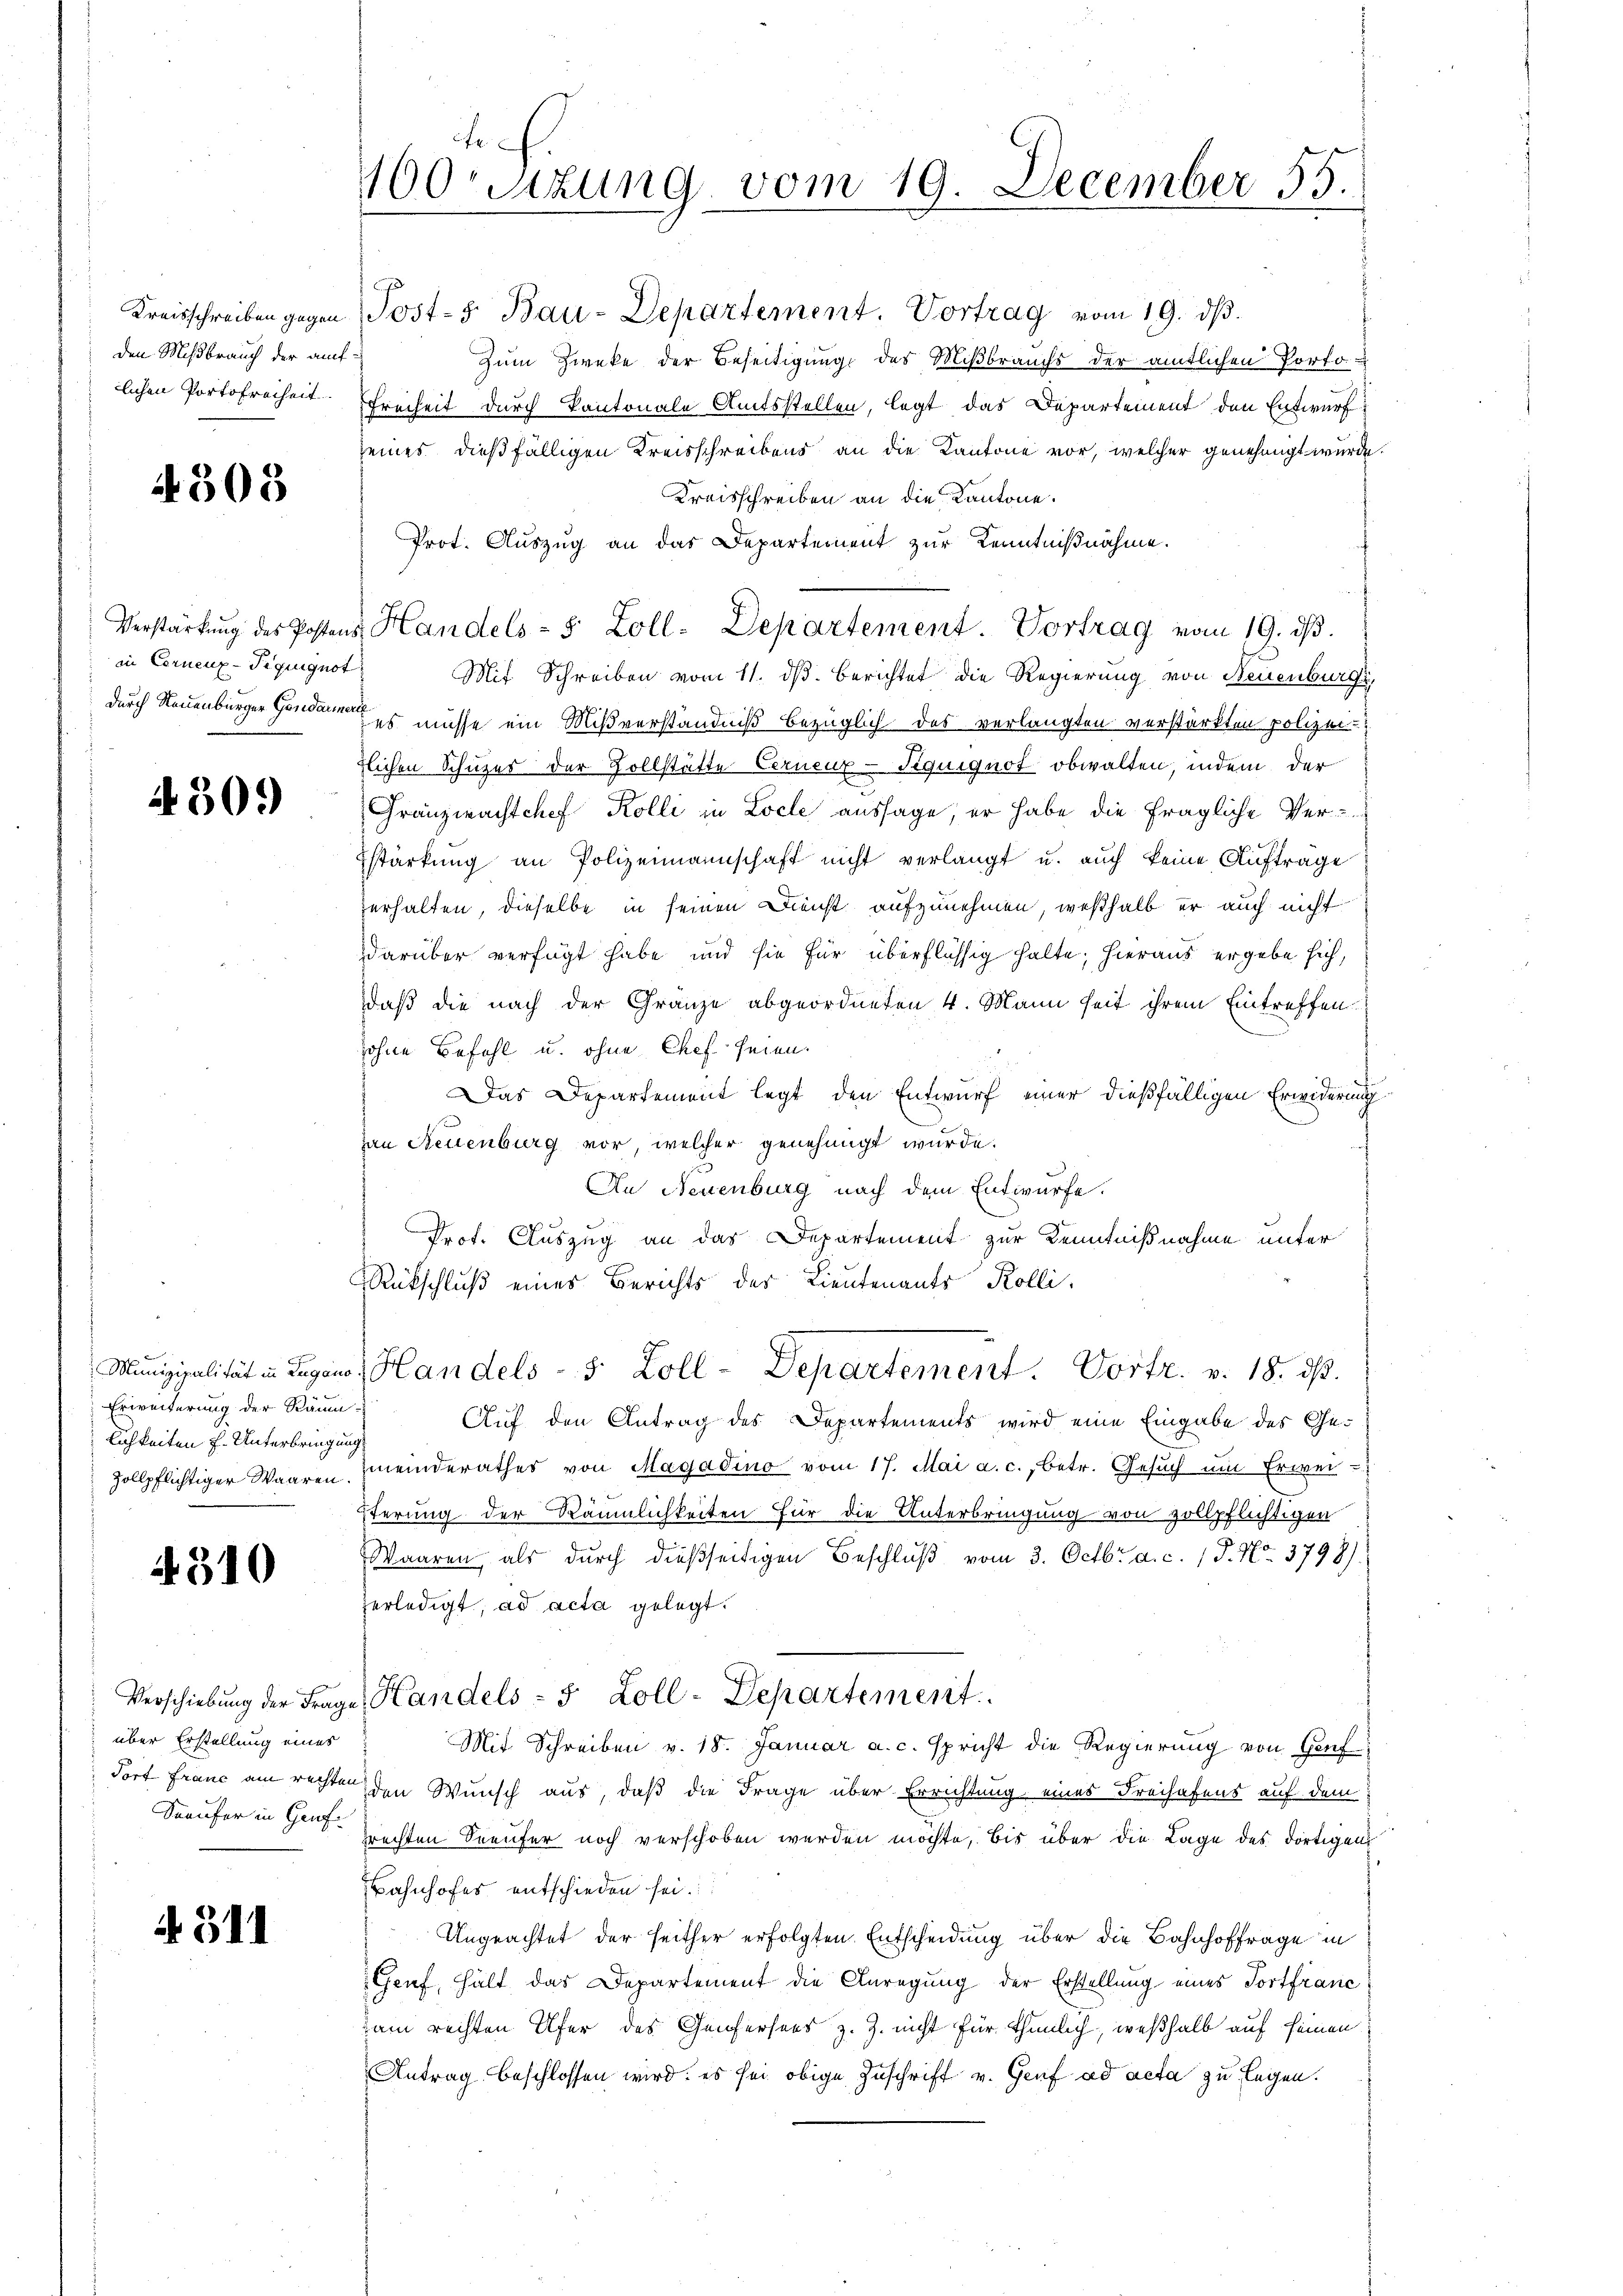
den Mißbrauch der auf¬

4305

in Cornenz-Tiquignot.

4309)

Erweiterung der Räum
lichkeiten f. Unterbringung

2310

über Erstellung eines

A. 511

Kreisschreiben gegen Post- 5. Bau-Departement. Vortrag vom 19. dβ.
Zum Zwecke der Beseitigung des Mißbrauchs der amtlichen Porto-
lichen Portofreiheit. Freiheit durch Kantonale Amtsstellen, legt das Departement den Entwurf
seines dießfälligen Kreisschreibens an die Kantone vor, welcher genehmigt wurde.
Kreisschreiben an die Kantone.
Prot. Auszug an das Departement zur Kenntnißnahme.
Verstärkŭng des Postens Handels- 5 Zoll-Departement. Vortrag vom 19. ds.
Mit Schreiben vom 11. dβ. Berichtet die Regierung von Neuenburg,
durch Neuenburger Genda es müsse ein Mißverständniß bezüglich des verlangten verstärkten polizei-
zlichen Schuzes der Zollstätte Cerneuz-Tiquiguot obwalten, indem der
Franzwachtchef Kolli in Loche aussage, er habe die fragliche Verstärkung an Polizeimannschaft nicht verlangt u. auch keine Auftrage
erhalten, dieselbe in seinen Dienst aufzunehmen, weßhalb er auch nicht
ddarüber verfügt habe und sie für überflüssig halte; hieraus ergebe sich,
daß die nach der Granze abgeordneten 4. Mann seit ihrem Eintreffen
sohne Befehl u. ohne Chef seien.
Das Departement legt den Entwurf einer dießfälligen Erwiderung
an Neuenburg vor, welcher genehmigt wurde.
An Neuenburg nach dem Entwurfe.
Prof. Auszug an das Departement zur Kenntnißnahme unter
Rückschluß eines Berichts der Lieutenants Kolli
Munizipalität in Lugano, Handels- 5 Zoll-Departement. Vortr. v. 18. ds.
Auf den Antrag des Departements wird eine Eingabe des Gezollpflichtiger Waaren meinderathes von Magadino vom 17. Mai a. c., betr. Gesŭch ŭm Erweipferung der Räumlichkeiten für die Unterbringung von zollpflichtigen
Waaren, als durch dießseitigen Beschluß vom 3. Octbr. a. c. 1 P. Nr. 3798).
zerledigt, ad acta gelegt.
Verschiebung der Frage, Handels - 5 Zoll-Departement
Mit Schreiben v. 18. Januar a. c. spricht die Regierung von Genf
dort Franc am rechten den Wunsch aus, daß die Frage über Errichtung eines Freihafens auf dem
Seeufer in Graf rechten Seeufer noch verschoben werden möchte, bis über die Lage des dortigen
Bahnhofes entschieden sei.
Ungeachtet der seither erfolgten Entscheidung über die Bahnhoffrage in
Gruf, hält das Departement die Anregŭng der Erstellung eines Fortfranc
am rechten Ufer des Genfersees z. Z. nicht für thunlich, weßhalb auf seinen
Antrag beschlossen wird; es sei obige Zuschrift v. Genf ad acta zu legen.

che
160. Sizung vom 19. December 55.